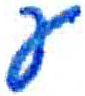
אות: ע